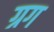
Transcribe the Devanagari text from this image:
ग्रग